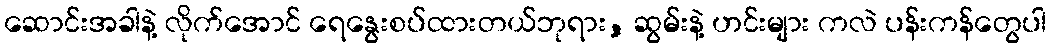
ဆောင်းအခါနဲ့ လိုက်အောင် ရေနွေးစပ်ထားတယ်ဘုရား, ဆွမ်းနဲ့ ဟင်းများ ကလဲ ပန်းကန်တွေပါ